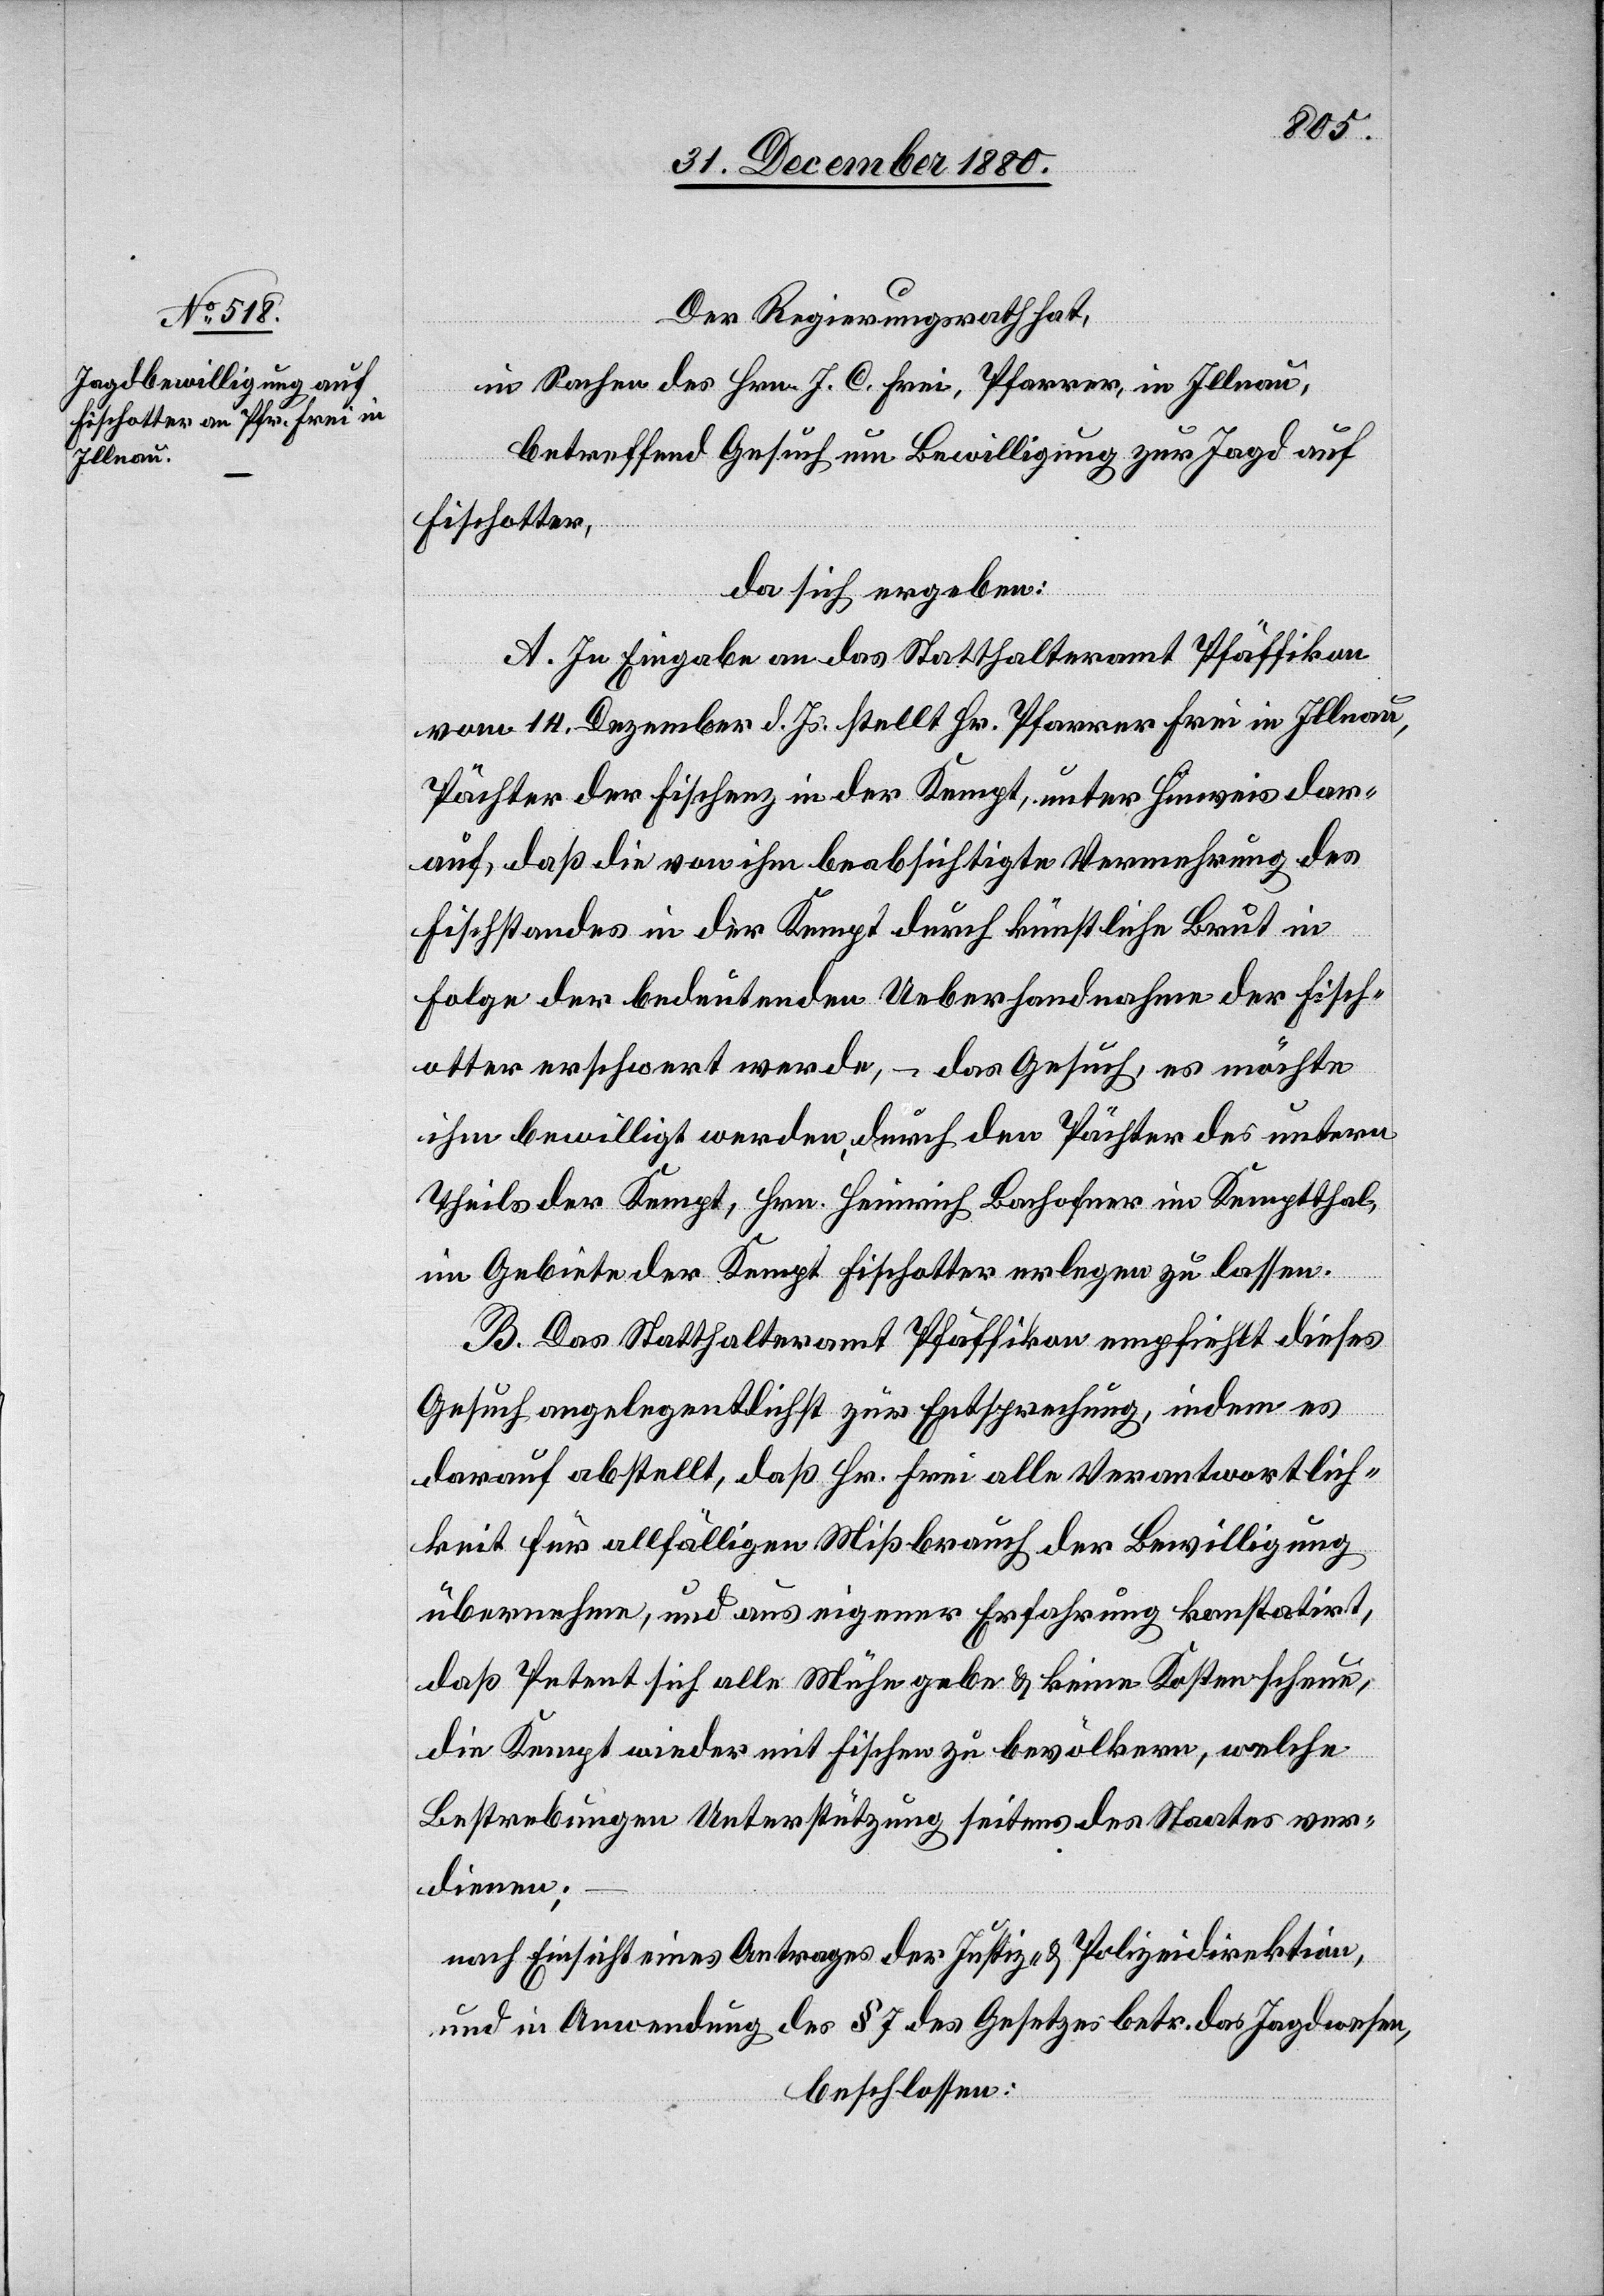
Der Regierungsrath hat,
in Sachen des Hrn. J. C. Frei, Pfarrer, in Illnau,
betreffend Gesuch um Bewilligung zur Jagd auf
Fischotter,
da sich ergeben:
A. In Eingabe an das Statthalteramt Pfäffikon
vom 14. Dezember d. Js. stellt Hr. Pfarrer Frei in Illnau,
Pächter der Fischenz in der Kempt, unter Hinweis dar¬
auf, daß die von ihm beabsichtigte Vermehrung des
Fischstandes in der Kempt durch künstliche Brut in
Folge der bedeutenden Ueberhandnahme der Fisch¬
otter erschwert werde, – das Gesuch, es möchte
ihm bewilligt werden, durch den Pächter des untern
Theils der Kempt, Hrn. Heinrich Bachofner im Kempthal,
im Gebiete der Kempt Fischotter erlegen zu lassen.
B. Das Statthalteramt Pfäffikon empfiehlt dieses
Gesuch angelegentlichst zur Entsprechung, indem es
darauf abstellt, daß Hr. Frei alle Verantwortlich¬
keit für allfälligen Mißbrauch der Bewilligung
übernehme, und aus eigener Erfahrung konstatirt,
daß Petent sich alle Mühe gebe & keine Kosten scheue,
die Kempt wieder mit Fischen zu bevölkern, welche
Bestrebungen Unterstützung seitens des Staates ver¬
dienen;
nach Einsicht eines Antrages der Justiz- & Polizeidirektion,
und in Anwendung des § 7 des Gesetzes betr. das Jagdwesen,
beschlossen: